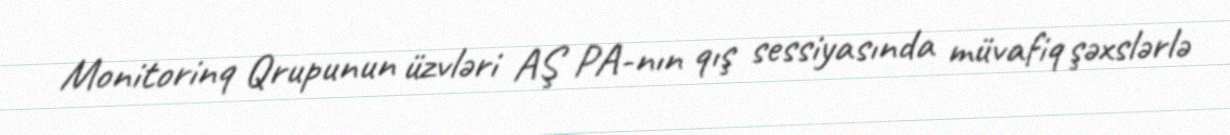
Monitorinq Qrupunun üzvləri AŞ PA-nın qış sessiyasında müvafiq şəxslərlə